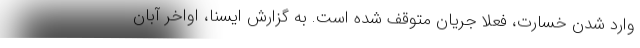
وارد شدن خسارت، فعلا جریان متوقف شده است. به گزارش ایسنا، اواخر آبان